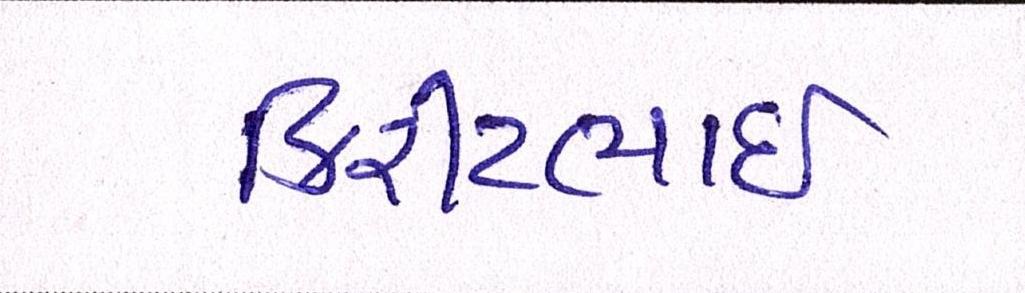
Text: કિરીટભાઈ